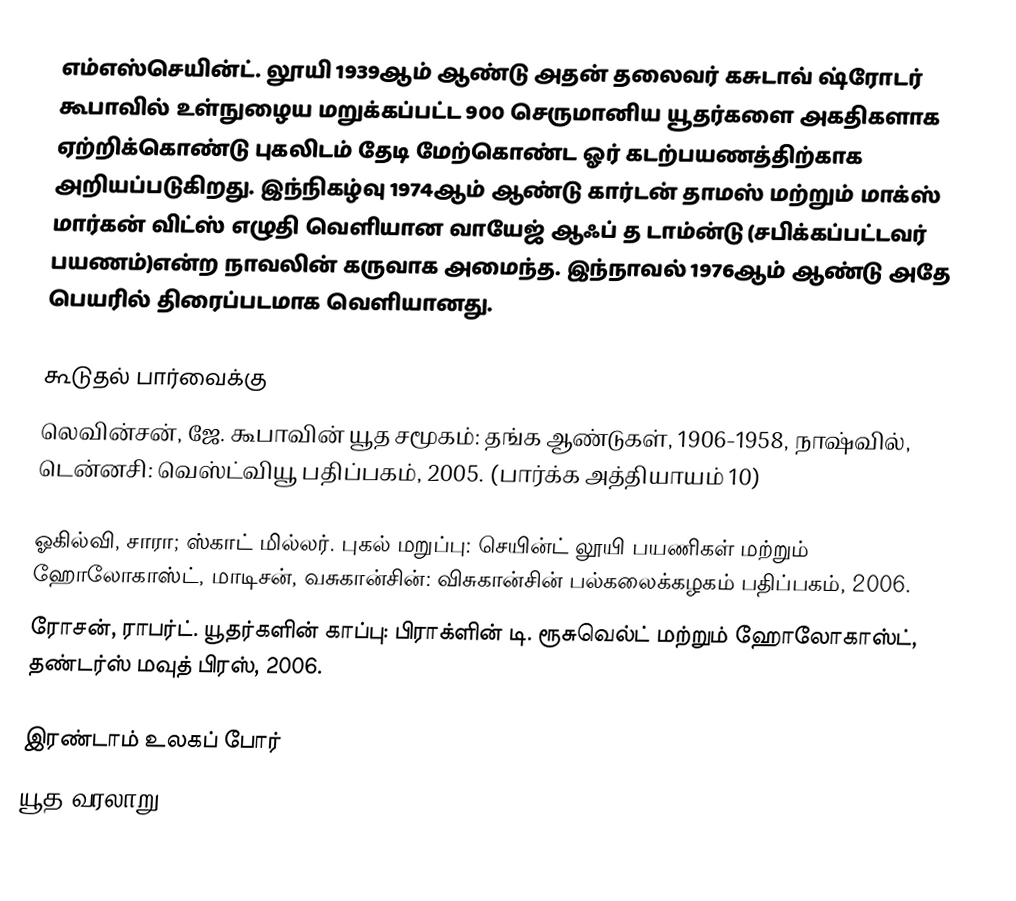
எம்எஸ்செயின்ட். லூயி  1939ஆம் ஆண்டு அதன் தலைவர் கசுடாவ் ஷ்ரோடர் கூபாவில் உள்நுழைய மறுக்கப்பட்ட 900 செருமானிய யூதர்களை அகதிகளாக ஏற்றிக்கொண்டு புகலிடம் தேடி மேற்கொண்ட ஓர் கடற்பயணத்திற்காக அறியப்படுகிறது. இந்நிகழ்வு 1974ஆம் ஆண்டு கார்டன் தாமஸ் மற்றும் மாக்ஸ் மார்கன் விட்ஸ் எழுதி வெளியான வாயேஜ் ஆஃப் த டாம்ன்டு (சபிக்கப்பட்டவர் பயணம்)என்ற நாவலின் கருவாக அமைந்த.  இந்நாவல் 1976ஆம் ஆண்டு அதே பெயரில் திரைப்படமாக வெளியானது.

கூடுதல் பார்வைக்கு
 லெவின்சன், ஜே.  கூபாவின் யூத சமூகம்: தங்க ஆண்டுகள், 1906-1958, நாஷ்வில், டென்னசி: வெஸ்ட்வியூ பதிப்பகம், 2005. (பார்க்க அத்தியாயம் 10)

 ஓகில்வி, சாரா; ஸ்காட் மில்லர். புகல் மறுப்பு: செயின்ட் லூயி பயணிகள் மற்றும் ஹோலோகாஸ்ட், மாடிசன், வசுகான்சின்: விசுகான்சின் பல்கலைக்கழகம் பதிப்பகம், 2006.
 ரோசன், ராபர்ட். யூதர்களின் காப்பு: பிராக்ளின் டி. ரூசுவெல்ட் மற்றும் ஹோலோகாஸ்ட், தண்டர்ஸ் மவுத் பிரஸ், 2006.

இரண்டாம் உலகப் போர்
யூத வரலாறு